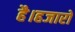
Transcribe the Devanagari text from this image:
है।हजारों